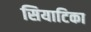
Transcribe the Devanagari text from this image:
सियाटिका